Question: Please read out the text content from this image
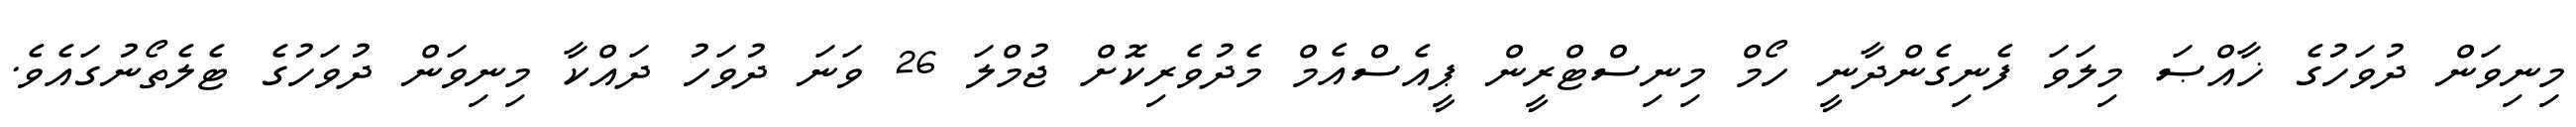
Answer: މިނިވަން ދުވަހުގެ ޚާއްޞަ މިލަވަ ފެނިގެންދާނީ ހޯމް މިނިސްޓްރީން ޕީއެސްއެމް މެދުވެރިކޮށް ޖުމްލަ 26 ވަނަ ދުވަހު ދައްކާ މިނިވަން ދުވަހުގެ ޓެލެތޯނުގައެވެ.